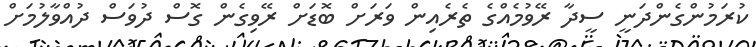
ކުރަމުންގެންދަނީ ސީދާ ރޭވުމެއްގެ ތެރެއިން ވަރަށް ބޮޑަށް ރޭވިގެން ގޮސް ދުވަސް ދުއްވާލުމަށް